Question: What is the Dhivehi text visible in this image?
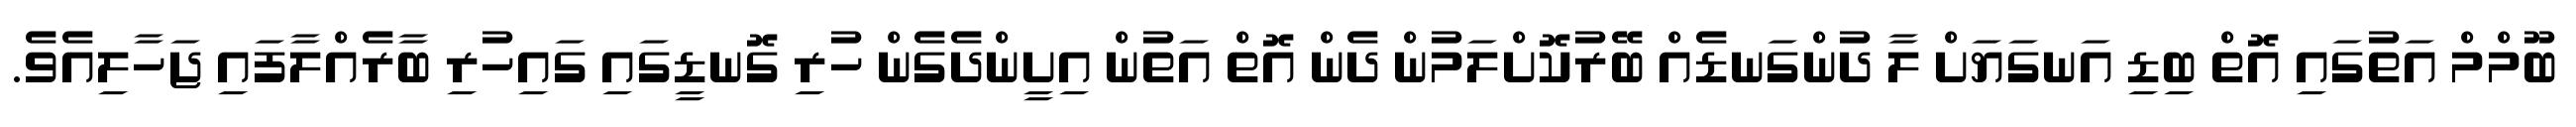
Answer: ބޫމްމް އަތުގައި އޮތް ބިޑި އަނގަޔަށް ލާ ދުންގަނޑެއް ބޭރުކޮށްލަމުން ދެން އޮތް އަތުން އިށީންދެގެން ހުރި ގޮނޑީގައި ގައިހުރި ބާރެއްލާފައި ޖަހާލިއެވެ.